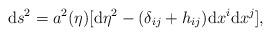
LaTeX: \begin{align*}{\rm d}s^2=a^2(\eta )[{\rm d}\eta ^2-(\delta _{ij}+h_{ij}){\rm d}x^i{\rm d}x^j],\end{align*}